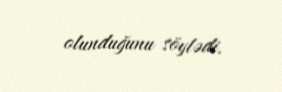
olunduğunu söylədi.